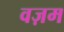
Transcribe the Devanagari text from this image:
वज़म